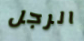
الرجل